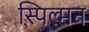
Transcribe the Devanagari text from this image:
स्पिल्मन